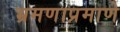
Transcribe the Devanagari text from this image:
भ्रमणाप्रमाणे